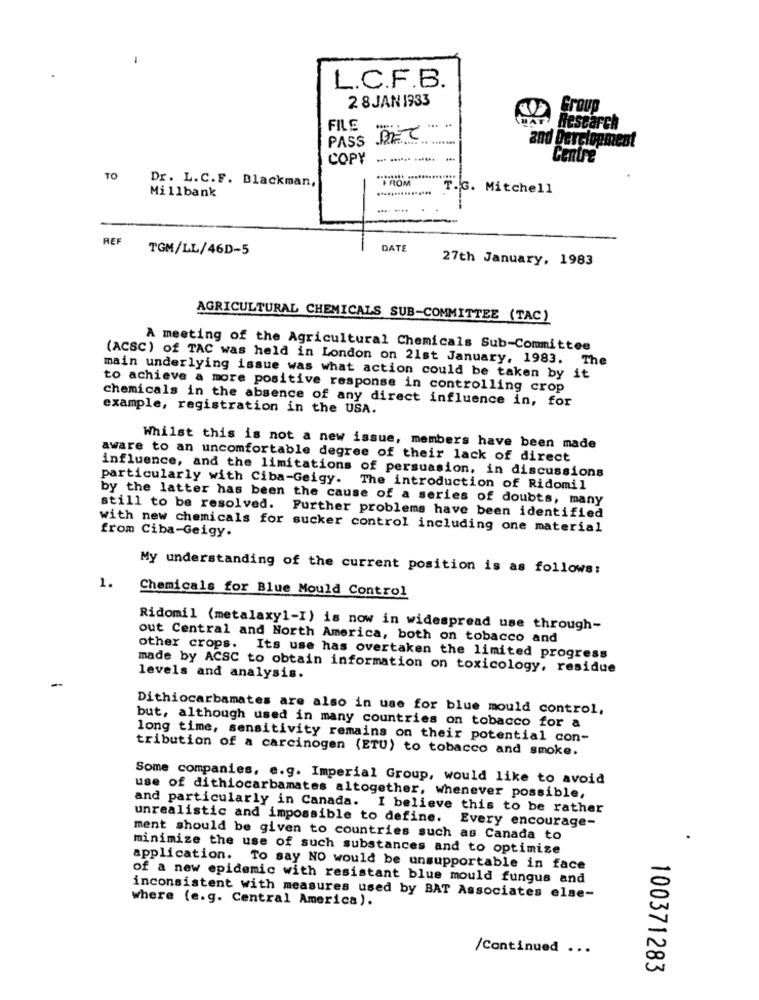
L.C.F.B.
2 8 JAN 1933
Group
FILE
Research
PASS BET
and Development
COPY
. ...... ......
Centre
TO
FROM
Dr. L.C.F. Blackman,
Millbank
T.G. Mitchell
REF
TGM/LL/46D-5
DATE
27th January, 1983
AGRICULTURAL CHEMICALS SUB-COMMITTEE (TAC)
A meeting of the Agricultural Chemicals Sub-Committee
(ACSC) of TAC was held in London on 21st January, 1983. The
main underlying issue was what action could be taken by it
to achieve a more positive response in controlling crop
chemicals in the absence of any direct influence in, for
example, registration in the USA.
Whilst this is not a new issue, members have been made
aware to an uncomfortable degree of their lack of direct
influence, and the limitations of persuasion, in discussions
particularly with Ciba-Geigy. The introduction of Ridomil
by the latter has been the cause of a series of doubts, many
still to be resolved. Further problems have been identified
with new chemicals for sucker control including one material
from Ciba-Geigy.
My understanding of the current position is as follows:
1.
Chemicals for Blue Mould Control
Ridomil (metalaxyl-I) is now in widespread use through-
out Central and North America, both on tobacco and
other crops. Its use has overtaken the limited progress
made by ACSC to obtain information on toxicology, residue
levels and analysis.
Dithiocarbamates are also in use for blue mould control,
but, although used in many countries on tobacco for a
long time, sensitivity remains on their potential con-
tribution of a carcinogen (ETU) to tobacco and smoke.
Some companies, e.g. Imperial Group, would like to avoid
use of dithiocarbamates altogether, whenever possible,
and particularly in Canada. I believe this to be rather
unrealistic and impossible to define. Every encourage-
ment should be given to countries such as Canada to
minimize the use of such substances and to optimize
application. To say NO would be unsupportable in face
of a new epidemic with resistant blue mould fungus and
where (e.g. Central America).
inconsistent with measures used by BAT Associates else-
/Continued ...
100371283